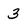
Character: 3